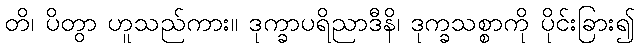
တိ၊ ပိတွာ ဟူသည်ကား။ ဒုက္ခာပရိညာဒီနိ၊ ဒုက္ခသစ္စာကို ပိုင်းခြား၍